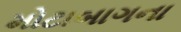
મોટાબાગના